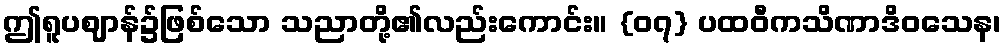
ဤရူပဈာန်၌ဖြစ်သော သညာတို့၏လည်းကောင်း။ {၀၇} ပထဝီကသိဏာဒိဝသေန၊